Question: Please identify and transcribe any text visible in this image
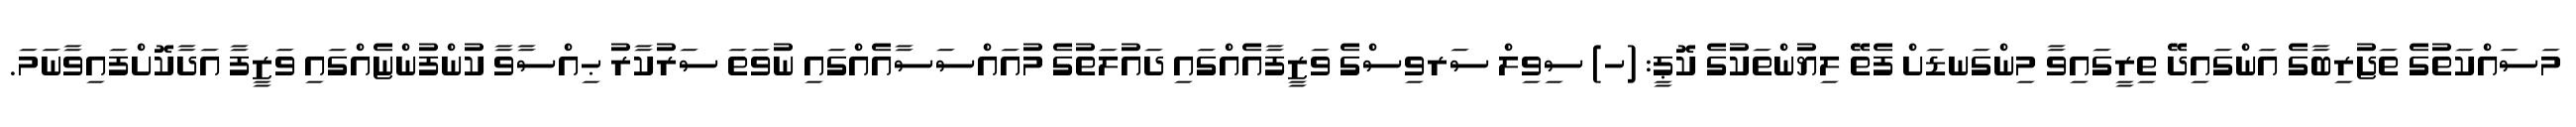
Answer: މަސައްކަތުގެ ތަޖުރިބާގެ އަންގައިދޭ ތިރީގައިވާ މިންގަނޑަށް ފެތޭ ލިޔުންތަކުގެ ކޮޕީ: (ހ) ސިވިލް ސަރވިސްގެ ވަޒީފާއެއްގައި ދައުލަތުގެ މުއައްސަސާއެއްގައި ނުވަތަ ސަރުކާރު ޙިއްސާވާ ކުންފުންޏެއްގައި ވަޒީފާ އަދާކޮށްފައިވާނަމަ.